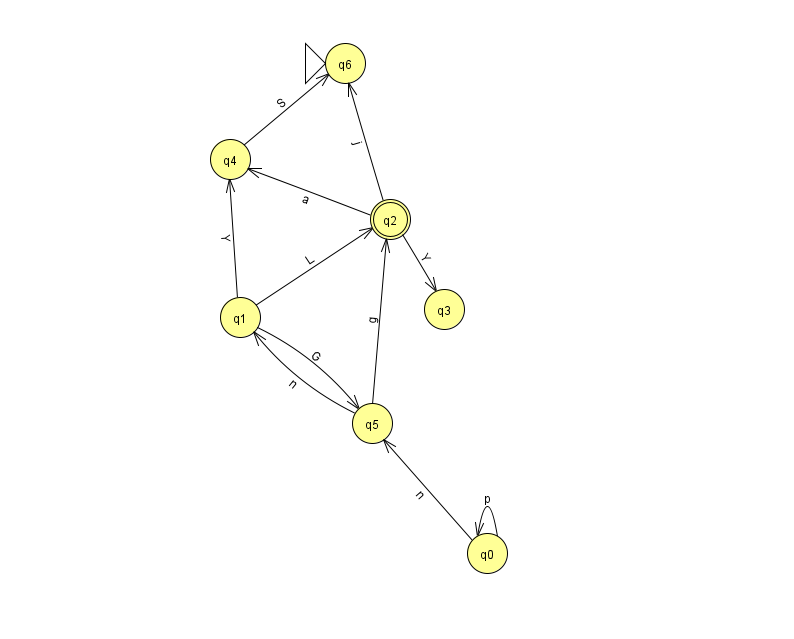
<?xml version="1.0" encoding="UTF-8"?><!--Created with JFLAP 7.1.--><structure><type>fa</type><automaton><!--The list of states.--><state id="0" name="q0"><x>487.0</x><y>540.0</y></state><state id="1" name="q1"><x>240.0</x><y>304.0</y></state><state id="2" name="q2"><x>390.0</x><y>206.0</y><final/></state><state id="3" name="q3"><x>444.0</x><y>296.0</y></state><state id="4" name="q4"><x>230.0</x><y>146.0</y></state><state id="5" name="q5"><x>372.0</x><y>410.0</y></state><state id="6" name="q6"><x>345.0</x><y>50.0</y><initial/></state><!--The list of transitions.--><transition><from>0</from><to>0</to><read>p</read></transition><transition><from>2</from><to>4</to><read>a</read></transition><transition><from>1</from><to>2</to><read>L</read></transition><transition><from>2</from><to>6</to><read>j</read></transition><transition><from>1</from><to>5</to><read>G</read></transition><transition><from>1</from><to>4</to><read>Y</read></transition><transition><from>2</from><to>3</to><read>Y</read></transition><transition><from>4</from><to>6</to><read>S</read></transition><transition><from>5</from><to>1</to><read>n</read></transition><transition><from>0</from><to>5</to><read>n</read></transition><transition><from>5</from><to>2</to><read>g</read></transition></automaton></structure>